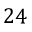
2 4